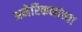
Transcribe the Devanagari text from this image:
अमेरिकनांच्या